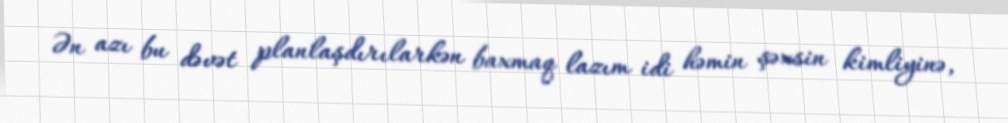
Ən azı bu dəvət planlaşdırılarkən baxmaq lazım idi həmin şəxsin kimliyinə,